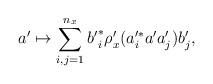
LaTeX: \begin{align*} a' \mapsto \sum_{i,j=1}^{n_x} {b'}_i^\ast \rho_x'(a_i'^\ast a' a_j') b'_j,\end{align*}